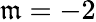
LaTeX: \mathfrak{m}=-2